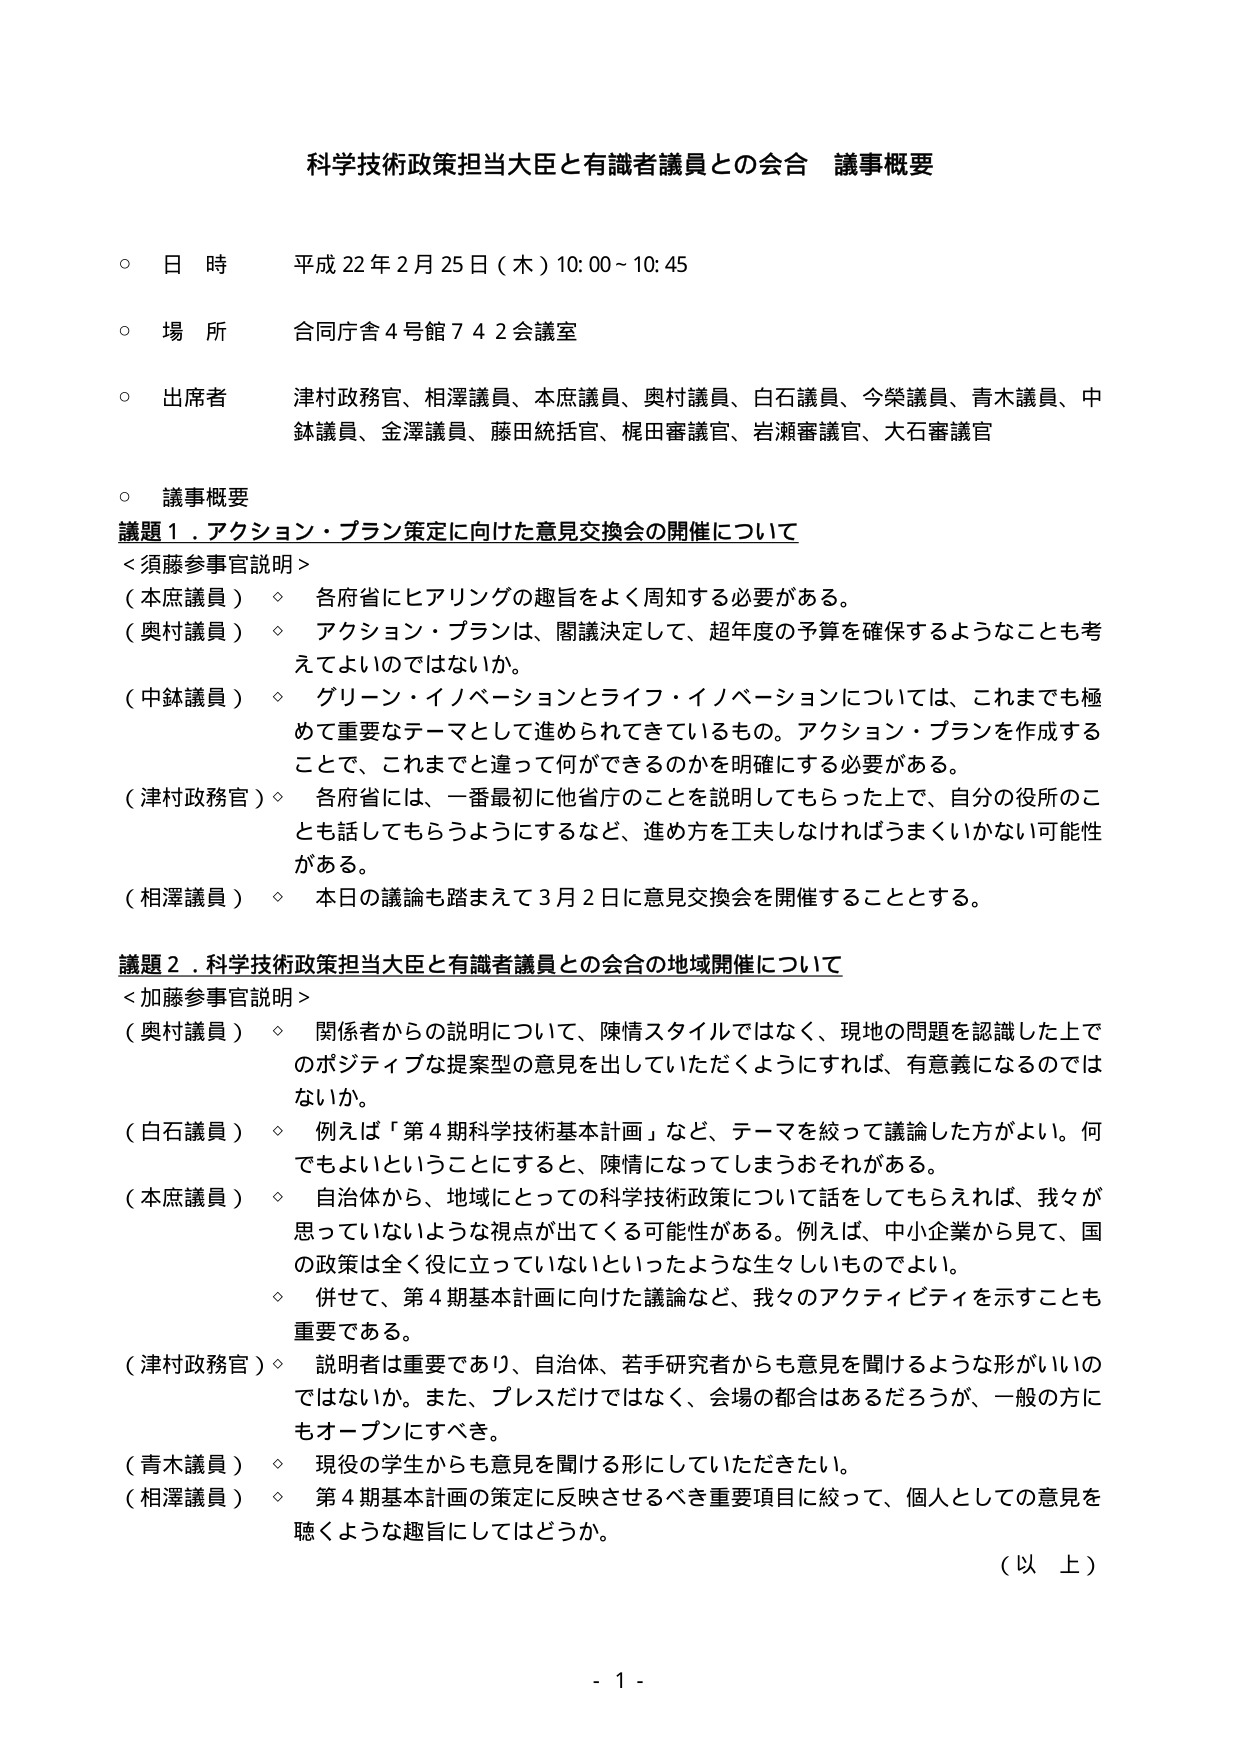
科学技術政策担当大臣と有識者議員との会合 議事概要

○ 日 時 平成 22 年 2 月 25 日（木）10:00～10:45

○ 場 所 合同庁舎 4 号館 7 4 2 会議室

○ 出席者 津村政務官、相澤議員、本庶議員、奥村議員、白石議員、今榮議員、青木議員、中鉢議員、金澤議員、藤田統括官、梶田審議官、岩瀬審議官、大石審議官

○ 議事概要

議題１．アクション・プラン策定に向けた意見交換会の開催について

＜須藤参事官説明＞

（本庶議員） ◇ 各府省にヒアリングの趣旨をよく周知する必要がある。

（奥村議員） ◇ アクション・プランは、閣議決定して、超年度の予算を確保するようなことも考えてよいのではないか。

（中鉢議員） ◇ グリーン・イノベーションとライフ・イノベーションについては、これまでも極めて重要なテーマとして進められてきているもの。アクション・プランを作成することで、これまでと違って何ができるのかを明確にする必要がある。

（津村政務官）◇ 各府省には、一番最初に他省庁のことを説明してもらった上で、自分の役所のことも話してもらうようにするなど、進め方を工夫しなければうまくいかない可能性がある。

（相澤議員） ◇ 本日の議論も踏まえて 3 月 2 日に意見交換会を開催することとする。

議題２．科学技術政策担当大臣と有識者議員との会合の地域開催について

＜加藤参事官説明＞

（奥村議員） ◇ 関係者からの説明について、陳情スタイルではなく、現地の問題を認識した上でのポジティブな提案型の意見を出していただくようにすれば、有意義になるのではないか。

（白石議員） ◇ 例えば「第 4 期科学技術基本計画」など、テーマを絞って議論した方がよい。何でもよいということにすると、陳情になってしまうおそれがある。

（本庶議員） ◇ 自治体から、地域にとっての科学技術政策について話をしてもらえれば、我々が思っていないような視点が出てくる可能性がある。例えば、中小企業から見て、国の政策は全く役に立っていないといったような生々しいものでよい。

◇ 併せて、第 4 期基本計画に向けた議論など、我々のアクティビティを示すことも重要である。

（津村政務官）◇ 説明者は重要であり、自治体、若手研究者からも意見を聞けるような形がいいのではないか。また、プレスだけではなく、会場の都合はあるだろうが、一般の方にもオープンにすべき。

（青木議員） ◇ 現役の学生からも意見を聞ける形にしていただきたい。

（相澤議員） ◇ 第 4 期基本計画の策定に反映させるべき重要項目に絞って、個人としての意見を聴くような趣旨にしてはどうか。

（以 上）

- 1 -